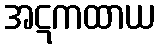
အဋကထာယ